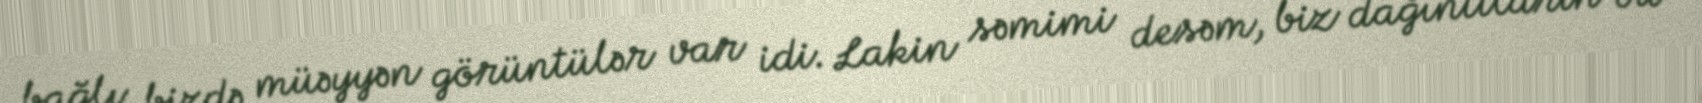
bağlı bizdə müəyyən görüntülər var idi. Lakin səmimi desəm, biz dağıntıların bu